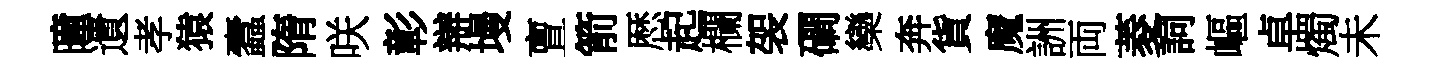
曈遺孝猿蠧隋咲彰辯墁亶箭厯起欄袈磵欒奔貨魔詶両菱詞嶇卓燭未